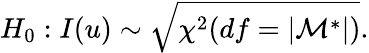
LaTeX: H_{0}:I(u)\sim\sqrt{\chi^{2}(df=\lvert\mathcal{M}^{*}\rvert)}.